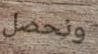
ونحصل